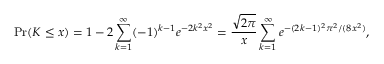
\Pr ( K \leq x ) = 1 - 2 \sum _ { k = 1 } ^ { \infty } ( - 1 ) ^ { k - 1 } e ^ { - 2 k ^ { 2 } x ^ { 2 } } = { \frac { \sqrt { 2 \pi } } { x } } \sum _ { k = 1 } ^ { \infty } e ^ { - ( 2 k - 1 ) ^ { 2 } \pi ^ { 2 } / ( 8 x ^ { 2 } ) } ,